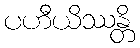
ပဟီယိဿန္တိ